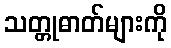
သတ္တုဓာတ်များကို